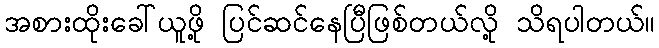
အစားထိုးခေါ်ယူဖို့ ပြင်ဆင်နေပြီဖြစ်တယ်လို့ သိရပါတယ်။